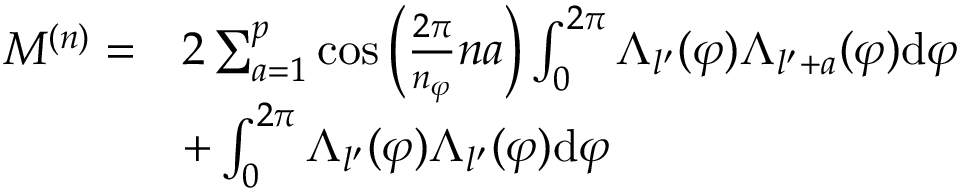
\begin{array} { r l } { M ^ { ( n ) } = } & { 2 \sum _ { a = 1 } ^ { p } \cos \left( \frac { 2 \pi } { n _ { \varphi } } n a \right) \int _ { 0 } ^ { 2 \pi } \Lambda _ { l ^ { \prime } } ( \varphi ) \Lambda _ { l ^ { \prime } + a } ( \varphi ) \mathrm { d } { \varphi } } \\ & { + \int _ { 0 } ^ { 2 \pi } \Lambda _ { l ^ { \prime } } ( \varphi ) \Lambda _ { l ^ { \prime } } ( \varphi ) \mathrm { d } { \varphi } } \end{array}